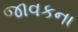
જાવકના